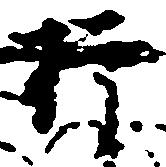
権